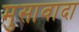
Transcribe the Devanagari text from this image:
मुसावादा